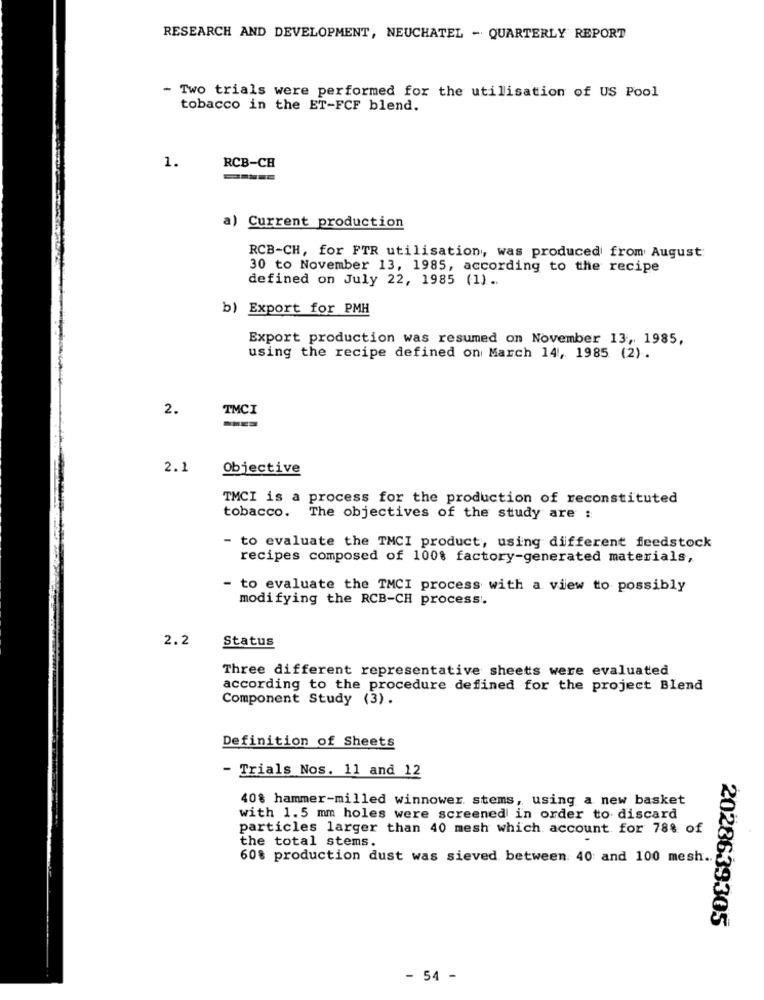
RESEARCH AND DEVELOPMENT, NEUCHATEL - QUARTERLY REPORT
- Two trials were performed for the utilisation of US Pool
tobacco in the ET-FCF blend.
1.
RCB-CH
a) Current production
RCB-CH, for FTR utilisation, was produced from August
30 to November 13, 1985, according to the recipe
defined on July 22, 1985 (1) ..
b) Export for PMH
Export production was resumed on November 13, 1985,
using the recipe defined on March 14, 1985 (2).
2.
TMCI
2.1
Objective
TMCI is a process for the production of reconstituted
tobacco. The objectives of the study are :
- to evaluate the TMCI product, using different feedstock
recipes composed of 100% factory-generated materials,
- to evaluate the TMCI process with a view to possibly
modifying the RCB-CH process.
2.2
Status
Three different representative sheets were evaluated
according to the procedure defined for the project Blend
Component Study (3) .
Definition of Sheets
- Trials Nos. 11 and 12
40% hammer-milled winnower stems, using a new basket
with 1.5 mm holes were screened in order to discard
particles larger than 40 mesh which account for 78% of
the total stems.
60% production dust was sieved between: 40 and 100 mesh ..
2028639305
- 54 -